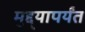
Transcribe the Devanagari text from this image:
मुद्द्‍यापर्यंत